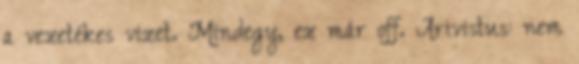
a vezetékes vizet. Mindegy, ez már off. Arivistus: nem